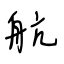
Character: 航